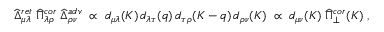
\widehat { \Delta } _ { \mu \lambda } ^ { r e t } \; \widehat { \Pi } _ { \lambda \rho } ^ { c o r } \; \widehat { \Delta } _ { \rho \nu } ^ { a d v } \; \propto \; d _ { \mu \lambda } ( K ) \, d _ { \lambda \tau } ( q ) \, d _ { \tau \rho } ( K - q ) \, d _ { \rho \nu } ( K ) \; \propto \; d _ { \mu \nu } ( K ) \; \widehat { \Pi } _ { \perp } ^ { c o r } ( K ) \; ,